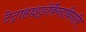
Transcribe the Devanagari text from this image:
टेट्राहाइड्रोकैनाबिनॉल